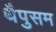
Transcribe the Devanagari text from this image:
थैपुसम